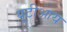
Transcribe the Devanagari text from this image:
यूटीआय